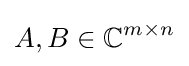
A,B\in \mathbb {C} ^{m\times n}